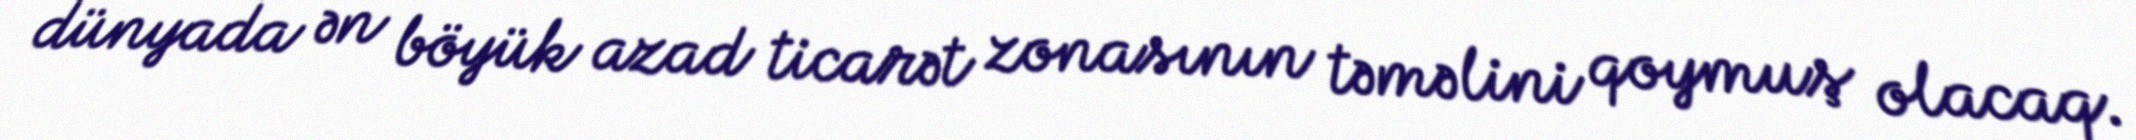
dünyada ən böyük azad ticarət zonasının təməlini qoymuş olacaq.